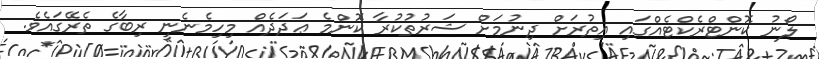
ލޯނު ކޮންޓްރެކްޓެއްގައި އިތުރަށް ދިނުމަށް ޝަރުތުކުރާ ކޮންމެ ޢަދަދެއް މިހިމެނެނީ ރިބާގެ ތެރޭގައެވެ.